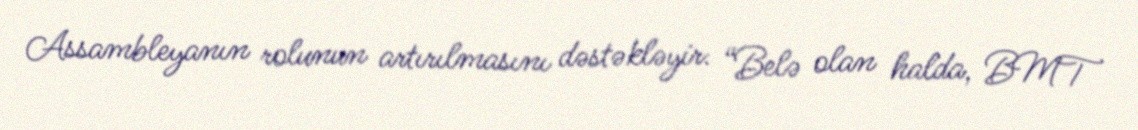
Assambleyanın rolunun artırılmasını dəstəkləyir: “Belə olan halda, BMT